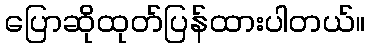
ပြောဆိုထုတ်ပြန်ထားပါတယ်။